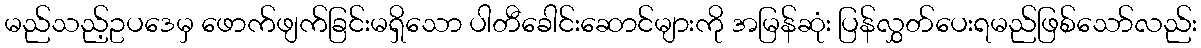
မည်သည့်ဥပဒေမှ ဖောက်ဖျက်ခြင်းမရှိသော ပါတီခေါင်းဆောင်များကို အမြန်ဆုံး ပြန်လွှတ်ပေးရမည်ဖြစ်သော်လည်း